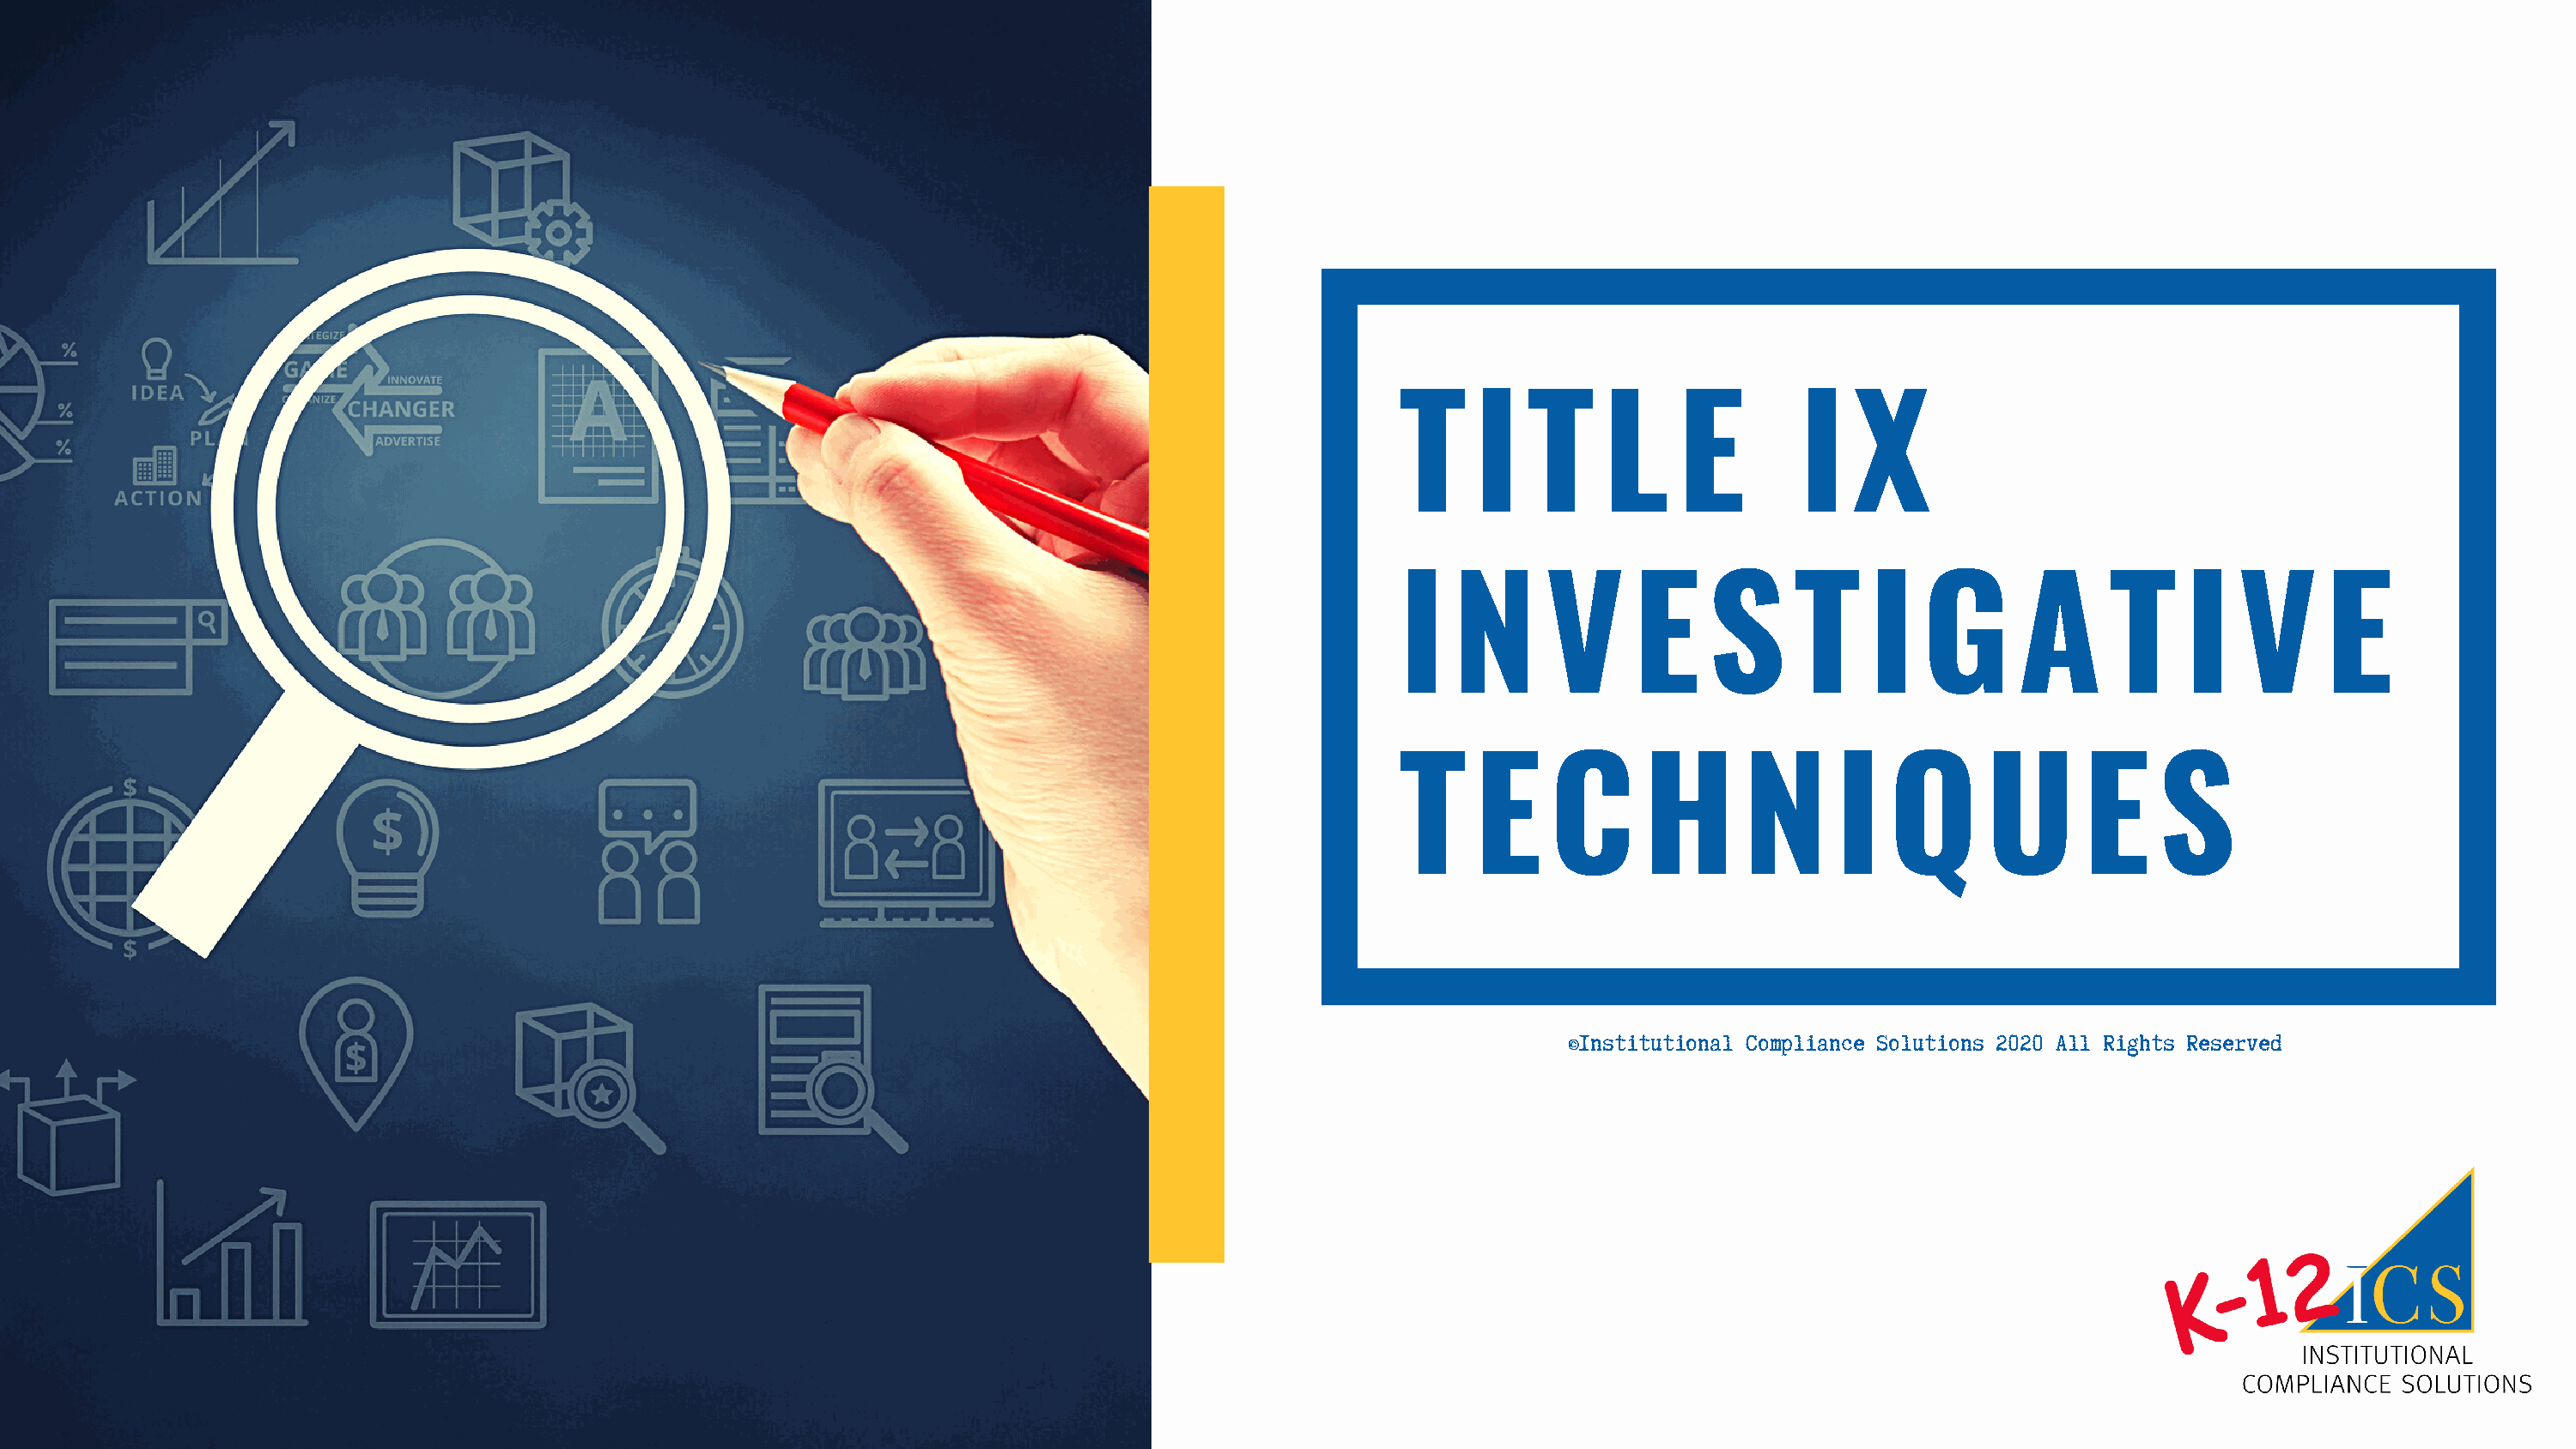
T     I   T     L    E         I   X
 I   N      V      E     S     T     I   G       A      T    I    V     E
 T     E    C       H      N       I   Q      U       E    S
 ©Institutional Compliance Solutions 2020 All Rights Reserved